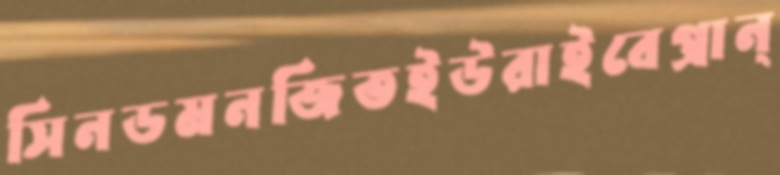
সিনডমনজিতইউরাইবেপ্রান্